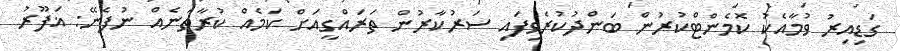
ގަޑިއިރު ވުމާއެކު ކޮމެންޓްކުރުން ބަންދުކުރެވިފައި ސަރުކާރުން ތަރައްގީއަށް ކަމެއް ކުރާތަނެއް ނުފެނޭ: ޣަފޫރު